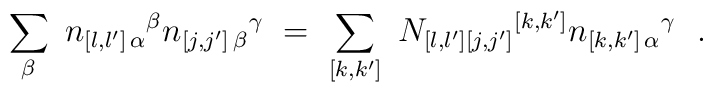
\sum_{\beta }\ n_{[l,l']\, \alpha }{}^{\beta } n_{[j,j']\, \beta}{}^{\gamma } \ =\ \sum_{[k,k']}\  N_{[l,l'][j,j']}{}^{[k,k']}  n_{[k,k']\, \alpha}{}^{\gamma }\ \ .